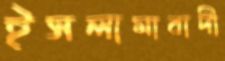
ইসলামাবাদী